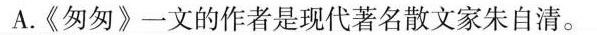
A.《匆匆》一文的作者是现代著名散文家朱自清。